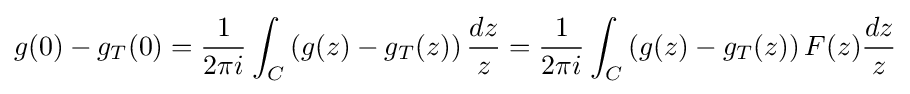
g(0)-g_{T}(0)={\frac {1}{2\pi i}}\int _{C}\left(g(z)-g_{T}(z)\right){\frac {dz}{z}}={\frac {1}{2\pi i}}\int _{C}\left(g(z)-g_{T}(z)\right)F(z){\frac {dz}{z}}